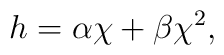
h = \alpha \chi + \beta \chi^2,